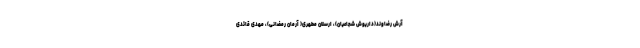
آرش رضاوند(داریوش شجاعیان)، ارسلان مطهری( آرمان رمضانی)، مهدی قائدی